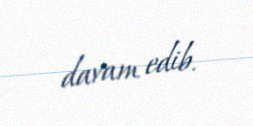
davam edib.